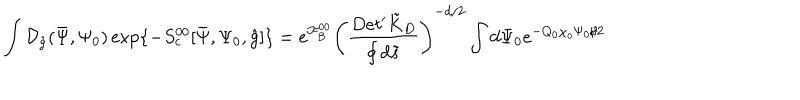
LaTeX: \int { \mathcal { D } _ { \hat { g } } } ( \bar { \Psi } , { \Psi _ { 0 } } ) \exp \{ - { S _ { c } ^ { 0 0 } } [ \bar { \Psi } , { \Psi _ { 0 } } , \hat { g } ] \} = { e ^ { \mathcal { F } _ { B } ^ { 0 0 } } } { { \left( { \frac { D e t ^ { \prime } { \tilde { K } _ { D } } } { \oint { d } \tilde { s } } } \right) } ^ { - d / 2 } } \int { d } { \Psi _ { 0 } } { e ^ { - { Q _ { 0 } } { \chi _ { o } } { \Psi _ { 0 } } / 2 } }